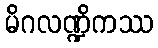
မိဂလဏ္ဍိကဿ